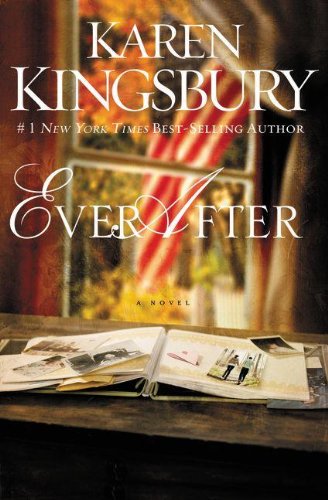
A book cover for Ever After (Lost Love Series); Karen Kingsbury; Religion & Spirituality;